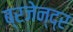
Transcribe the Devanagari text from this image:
ब्रजेन्‍द्र